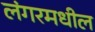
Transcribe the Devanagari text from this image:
लंगरमधील